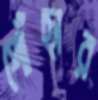
পোঁছার